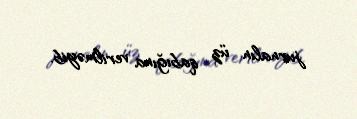
jurnalın üz qabığına verilməyib.